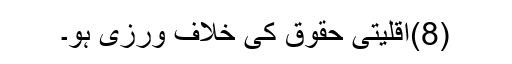
(8)اقلیتی حقوق کی خلاف ورزی ہو۔